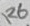
Text: R6